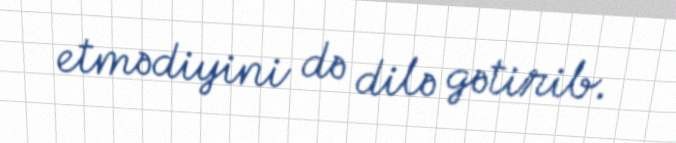
etmədiyini də dilə gətirib.